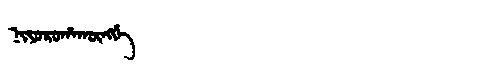
Manchu: ᠨᡳᠶᠣᡵᠣᡥᠠᡴᡡᠩᡤᡝ
Romanization: NIYOROHAKŪNGGE